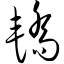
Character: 轿